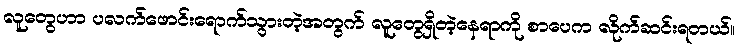
လူတွေဟာ ပလက်ဖောင်းရောက်သွားတဲ့အတွက် လူတွေရှိတဲ့နေရာကို စာပေက လိုက်ဆင်းရတယ်။